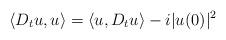
LaTeX: \begin{align*}\langle D_tu,u\rangle=\langle u,D_tu\rangle-i|u(0)|^2\end{align*}